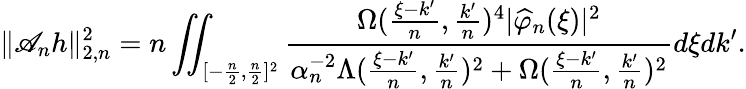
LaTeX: \| \mathscr{A}_{n}h\| _{2,n}^{2}=n\iint_{[-\frac{n}{2},\frac{n}{2}]^{2}}\frac{\Omega(\frac{\xi-k^{\prime}}{n},\frac{k^{\prime}}{n})^{4}|\widehat{\varphi}_{n}(\xi)|^{2}}{\alpha_{n}^{-2}\Lambda(\frac{\xi-k^{\prime}}{n},\frac{k^{\prime}}{n})^{2}+\Omega(\frac{\xi-k^{\prime}}{n},\frac{k^{\prime}}{n})^{2}}d\xi dk^{\prime}.